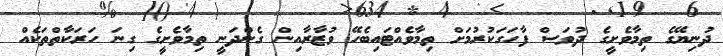
ދުނިޔޭގެ ތިމާވެށީގެ ދުވަސް ފާހަގަކުރުމަށް ތިމާވެއްޓައިބެހޭ ވުޒާރާއިން ގެންދަނީ ތިމާވެށީގެ ގިނަ ހަރަކާތްތަކެއް